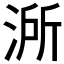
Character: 𣷲